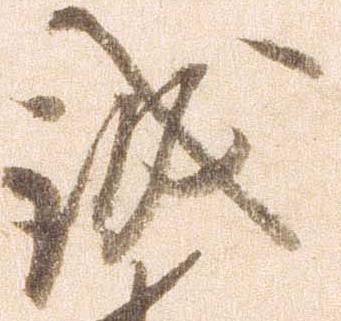
誠